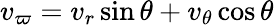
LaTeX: v_{\varpi}=v_{r}\sin\theta+v_{\theta}\cos\theta